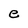
Character: e